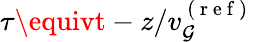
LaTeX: \tau\equivt-z/v_{\mathcal{G}}^{\mathrm{{~(~r~e~f~)~}}}